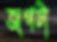
জগটা